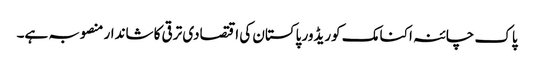
پاک چائنہ اکنامک کوریڈور پاکستان کی اقتصادی ترقی کا شاندار منصوبہ ہے۔